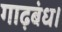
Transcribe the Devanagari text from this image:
गाढ़बंध।